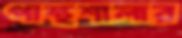
পান্থশালার